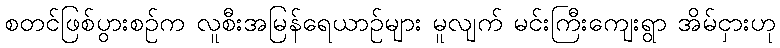
စတင်ဖြစ်ပွားစဉ်က လူစီးအမြန်ရေယာဉ်များ မူလျက် မင်းကြီးကျေးရွာ အိမ်ငှားဟု